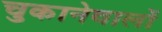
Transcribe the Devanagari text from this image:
चुकानेवालों